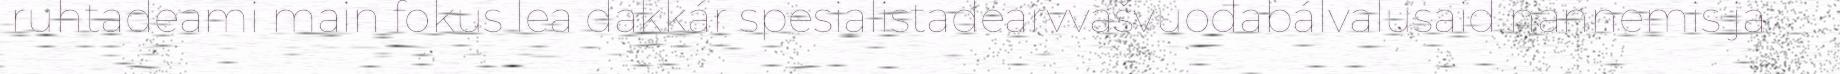
ruhtadeami main fokus lea dakkár spesialistadearvvašvuođabálvalusaid nannemis ja